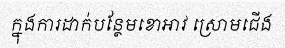
ក្នុងការដាក់បន្ថែមខោអាវ ស្រោមជើង